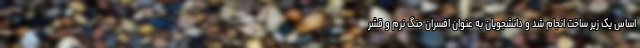
اساس یک زیر ساخت انجام شد و دانشجویان به عنوان افسران جنگ نرم و قشر